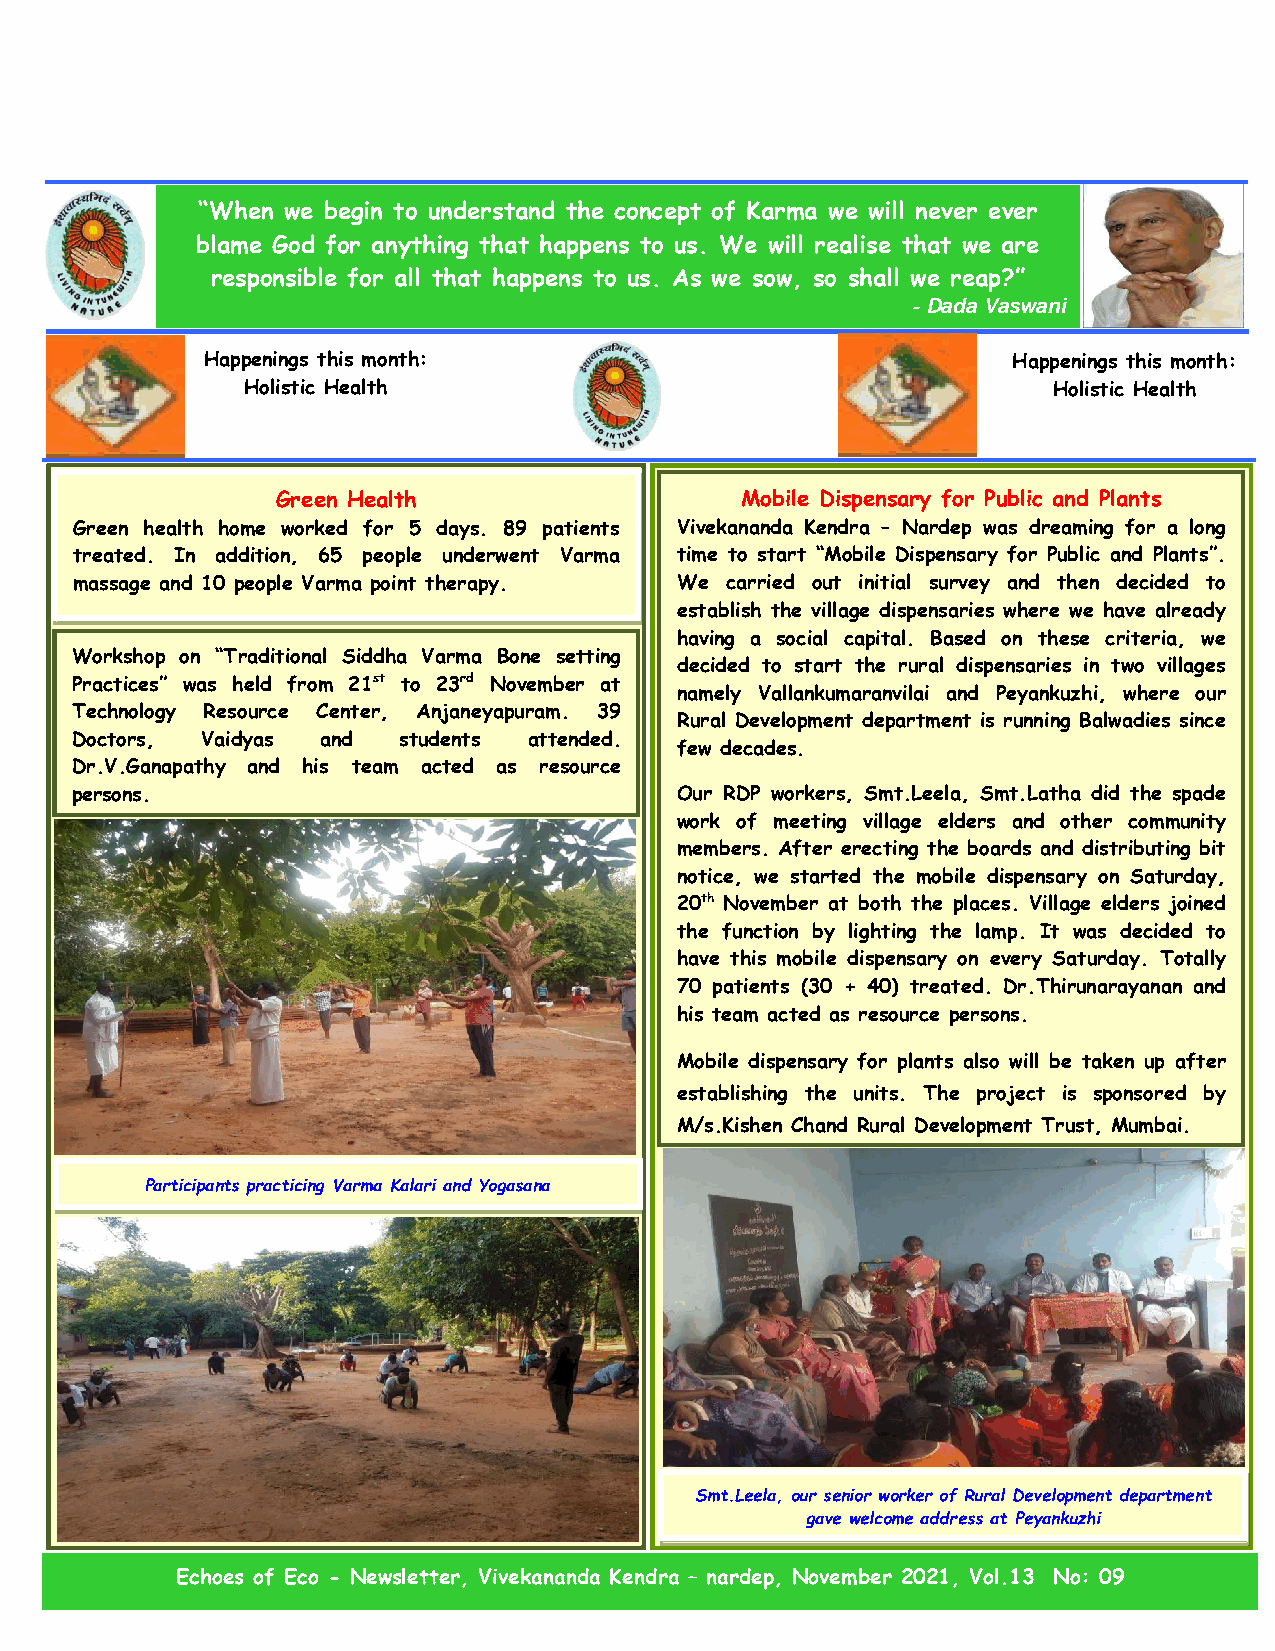
“When we begin to understand the concept of Karma we will never ever
 blame God for anything that happens to us. We will realise that we are
 responsible for all that happens to us. As we sow, so shall we reap?”
 - Dada Vaswani
 Happenings this month:                                Happenings this month:
 Holistic Health                                       Holistic Health
 Green Health                   Mobile Dispensary for Public and Plants
 Green health home worked for 5 days. 89 patients Vivekananda Kendra – Nardep was dreaming for a long
 treated. In addition, 65 people underwent Varma time to start “Mobile Dispensary for Public and Plants”.
 massage and 10 people Varma point therapy. We carried out initial survey and then decided to
 establish the village dispensaries where we have already
 having a social capital. Based on these criteria, we
 W orkshop on “Traditional Siddha Varma Bone setting
 decided to start the rural dispensaries in two villages
 Practices” w as held from 21st to 23rd November at
 namely Vallankumaranvilai and Peyankuzhi, where our
 Technology Resource Center, Anjaneyapuram. 39
 Rural Development department is running Balwadies since
 Doctors, Vaidyas and students attended.
 few decades.
 Dr.V.Ganapa thy and his team acted as resource
 persons.                                Our RDP workers, Smt.Leela, Smt.Latha did the spade
 work of meeting village elders and other community
 members. After erecting the boards and distributing bit
 notice, we started the mobile dispensary on Saturday,
 20th November at both the places. Village elders joined
 the function by lighting the lamp. It was decided to
 have this mobile dispensary on every Saturday. Totally
 70 patients (30 + 40) treated. Dr.Thirunarayanan and
 his team acted as resource persons.
 Mobile dispensary for plants also will be taken up after
 establishing the units. The project is sponsored by
 M/s.Kishen Chand Rural Development Trust, Mumbai.
 Participants practicing Varma Kalari and Yogasana
 Smt.Leela, our senior worker of Rural Development department
 gave welcome address at Peyankuzhi
 Echoes of Eco - Newsletter, Vivekananda Kendra – nardep, November 2021, Vol.13 No: 09